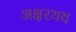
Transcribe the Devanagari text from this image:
अक्षरथय